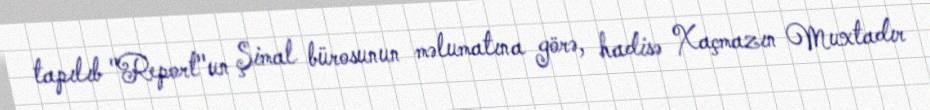
tapılıb "Report"un Şimal bürosunun məlumatına görə, hadisə Xaçmazın Muxtadır